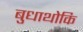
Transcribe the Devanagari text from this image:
बुधाथोकि